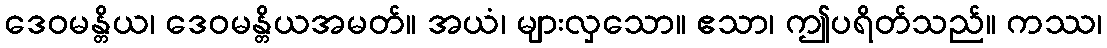
ဒေဝမန္တိယ၊ ဒေဝမန္တိယအမတ်။ အယံ၊ များလှသော။ ဧသာ၊ ဤပရိတ်သည်။ ကဿ၊